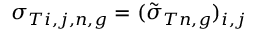
\sigma _ { T i , j , n , g } = ( \tilde { \sigma } _ { T n , g } ) _ { i , j }